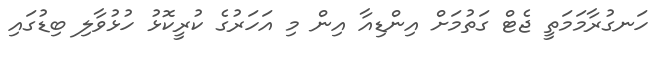
ހަނގުރާމަމަތީ ޖެޓް ގަތުމަށް އިންޑިއާ އިން މި އަހަރުގެ ކުރީކޮޅު ހުޅުވާލި ބިޑުގައި